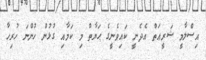
އިސްލާމީ ޝަރީޢަތް އެދެނީ ކައިވެނީގެ ޙަޔާތް މި ކަމާއި ގުޅުން ހުންނަ ހުރިހާ